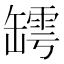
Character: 𦉏